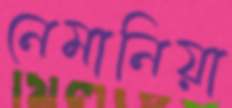
নেমানিয়া